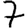
Digit: 7